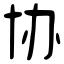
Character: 协